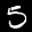
Label: 5